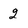
Character: 2